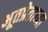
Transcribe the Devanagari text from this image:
भूतप्रेताच्या